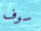
سوف